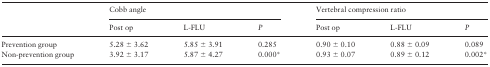
<table><thead><tr><td></td><td colspan="3"><b>Cobb angle</b></td><td colspan="3"><b>Vertebral compression ratio</b></td></tr><tr><td></td><td><b>Post op</b></td><td><b>L-FLU</b></td><td><b><i>P</i></b></td><td><b>Post op</b></td><td><b>L-FLU</b></td><td><b><i>P</i></b></td></tr></thead><tbody><tr><td>Prevention group</td><td>5.28 ± 3.62</td><td>5.85 ± 3.91</td><td>0.285</td><td>0.90 ± 0.10</td><td>0.88 ± 0.09</td><td>0.089</td></tr><tr><td>Non-prevention group</td><td>3.92 ± 3.17</td><td>5.87 ± 4.27</td><td>0.000*</td><td>0.93 ± 0.07</td><td>0.89 ± 0.12</td><td>0.002*</td></tr></tbody></table>